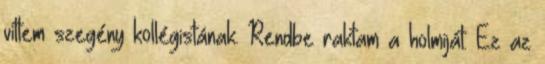
vittem szegény kollégistának. Rendbe raktam a holmiját. Ez az